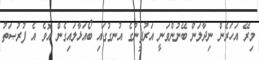
މިރޭ އަހަރެން ނިދާލަން ބޭނުންވަނީ އަރުފީނުގެ އުނގުގައި ބޯއަޅާލައިގެން އޮވެ އެ ފުރުޞަތު